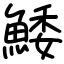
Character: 鯘